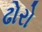
ઢોરો